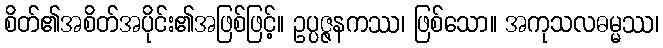
စိတ်၏အစိတ်အပိုင်း၏အဖြစ်ဖြင့်။ ဥပ္ပဇ္ဇနကဿ၊ ဖြစ်သော။ အကုသလဓမ္မဿ၊